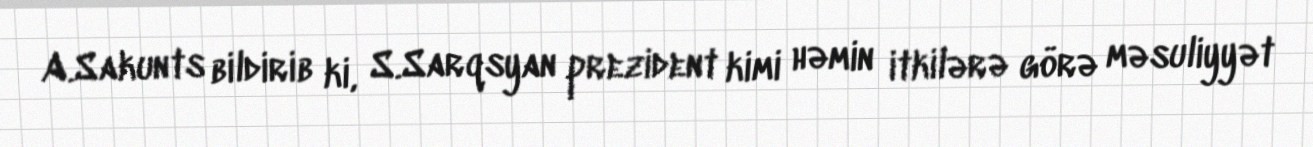
A.Sakunts bildirib ki, S.Sarqsyan prezident kimi həmin itkilərə görə məsuliyyət